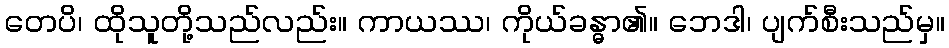
တေပိ၊ ထိုသူတို့သည်လည်း။ ကာယဿ၊ ကိုယ်ခန္ဓာ၏။ ဘေဒါ၊ ပျက်စီးသည်မှ။